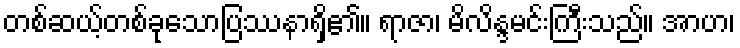
တစ်ဆယ့်တစ်ခုသောပြဿနာရှိ၏။ ရာဇာ၊ မိလိန္ဒမင်းကြီးသည်။ အာဟ၊